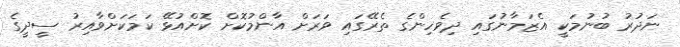
ނަދުރު ބުނުމަކީ އެޒަމާނުގައި ދިވެހިންގެ ތެރޭގައި ވަރަށް އާންމުކޮށް ކޮށްއުޅޭ ކަމަކަށްވާއިރު ސީދީގެ